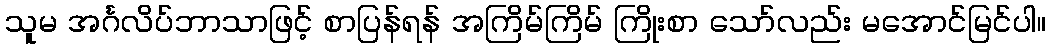
သူမ အင်္ဂလိပ်ဘာသာဖြင့် စာပြန်ရန် အကြိမ်ကြိမ် ကြိုးစာ သော်လည်း မအောင်မြင်ပါ။